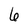
Character: 6